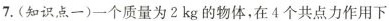
7.(知识点一)一个质量为2kg的物体，在4个共点力作用下